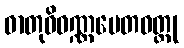
ဓာတုဝိဝဏ္ဏပေတဝတ္ထု